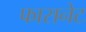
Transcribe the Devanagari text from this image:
फासनेट